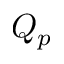
Q _ { p }